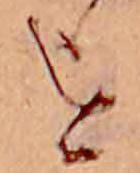
を